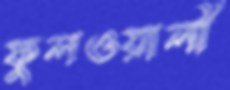
ফুলওয়ালী